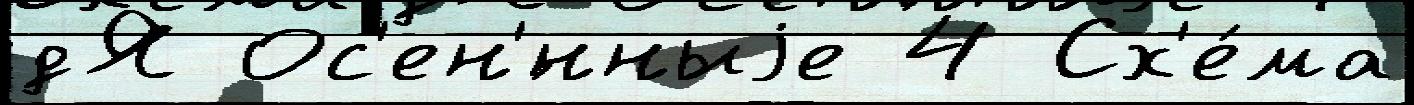
дЯ Ос'ен'́нныjе 4 Сх'е́ма